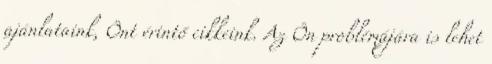
ajánlataink, Önt érintő cikkeink. Az Ön problémájára is lehet